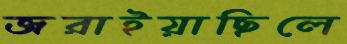
জরাইয়াছিলে